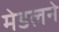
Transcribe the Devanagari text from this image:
मेडलने